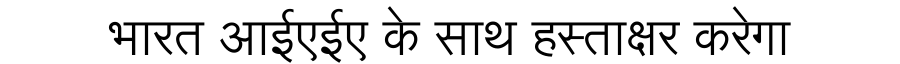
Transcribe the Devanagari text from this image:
भारत आईएईए के साथ हस्ताक्षर करेगा